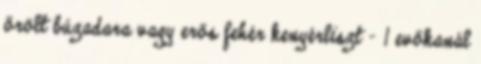
őrölt búzadara vagy erős fehér kenyérliszt - 1 evőkanál